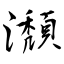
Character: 瀩